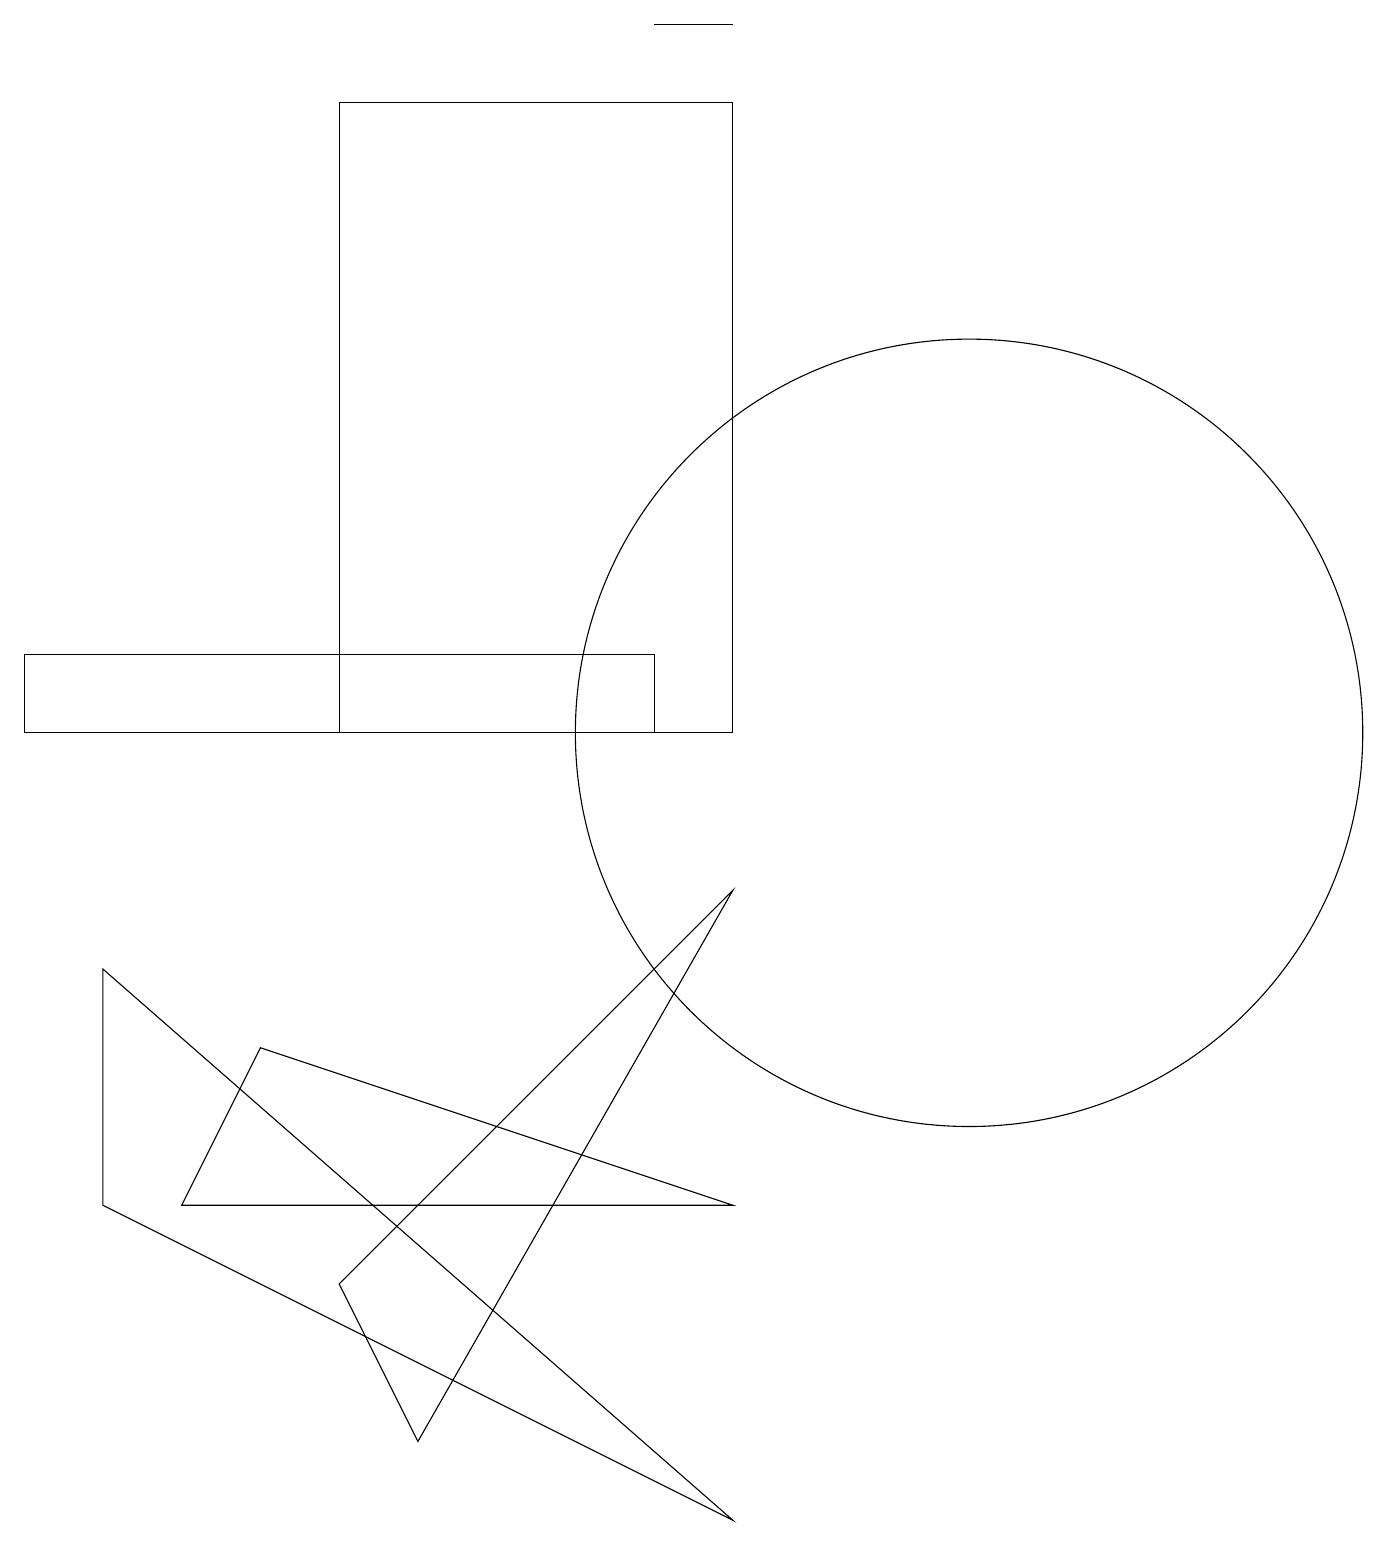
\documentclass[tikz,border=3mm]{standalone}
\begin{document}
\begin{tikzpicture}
\draw (5,1) -- (9,8) -- (4,3) -- cycle;
\draw (9,19) rectangle (8,19);
\draw (3,6) -- (9,4) -- (2,4) -- cycle;
\draw (1,7) -- (1,4) -- (9,0) -- cycle;
\draw (8,11) rectangle (0,10);
\draw (4,10) rectangle (9,18);
\draw (12,10) circle (5);
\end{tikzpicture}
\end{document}